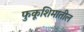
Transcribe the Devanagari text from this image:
फुकूशिमातील